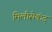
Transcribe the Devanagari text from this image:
मिलीसेकंद